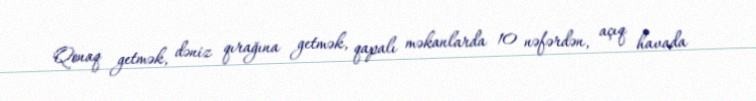
Qonaq getmək, dəniz qırağına getmək, qapalı məkanlarda 10 nəfərdən, açıq havada